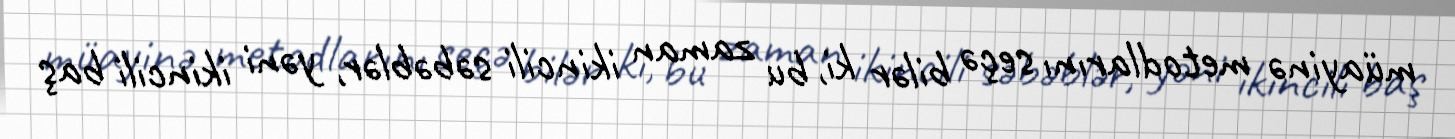
müayinə metodlarını seçə bilər ki, bu zaman ikincili səbəblər, yəni ikincili baş